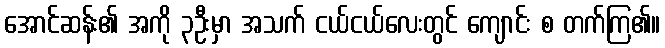
အောင်ဆန်း၏ အကို ၃ဦးမှာ အသက် ငယ်ငယ်လေးတွင် ကျောင်း စ တက်ကြ၏။